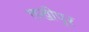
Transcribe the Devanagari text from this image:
लखीपूर